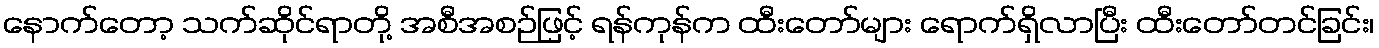
နောက်တော့ သက်ဆိုင်ရာတို့ အစီအစဉ်ဖြင့် ရန်ကုန်က ထီးတော်များ ရောက်ရှိလာပြီး ထီးတော်တင်ခြင်း၊